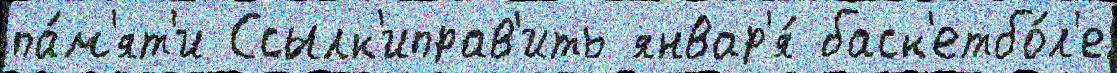
па́м'ят'и Ссылк'иправ'ить январ'я́ баск'етбо́л'е